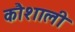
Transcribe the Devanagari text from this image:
कौशाली